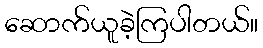
ဆောက်ယူခဲ့ကြပါတယ်။